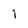
Character: l